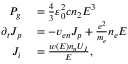
\begin{array} { r l } { P _ { g } } & { { } = \frac { 4 } { 3 } \varepsilon _ { 0 } ^ { 2 } c n _ { 2 } E ^ { 3 } } \\ { \partial _ { t } J _ { p } } & { { } = - v _ { e n } J _ { p } + \frac { e ^ { 2 } } { m _ { e } } n _ { e } E } \\ { J _ { i } } & { { } = \frac { w ( E ) n _ { n } U _ { I } } { E } , } \end{array}